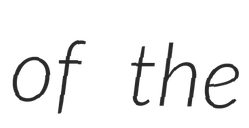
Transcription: of the